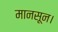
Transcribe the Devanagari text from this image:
मानसून।